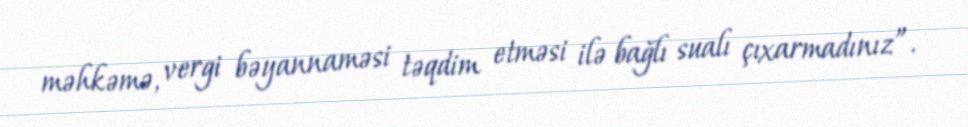
məhkəmə, vergi bəyannaməsi təqdim etməsi ilə bağlı sualı çıxarmadınız”.